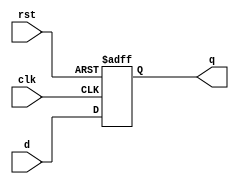
/*
 * schoolRISCV - small RISC-V CPU 
 *
 * originally based on Sarah L. Harris MIPS CPU 
 *                   & schoolMIPS project
 * 
 * Copyright(c) 2017-2020 Stanislav Zhelnio 
 *                        Aleksandr Romanov 
 */ 

module sm_register
(
    input                 clk,
    input                 rst,
    input      [ 31 : 0 ] d,
    output reg [ 31 : 0 ] q
);
    always @ (posedge clk or negedge rst)
        if(~rst)
            q <= 32'b0;
        else
            q <= d;
endmodule


module sm_register_we
(
    input                 clk,
    input                 rst,
    input                 we,
    input      [ 31 : 0 ] d,
    output reg [ 31 : 0 ] q
);
    always @ (posedge clk or negedge rst)
        if(~rst)
            q <= 32'b0;
        else
            if(we) q <= d;
endmodule